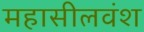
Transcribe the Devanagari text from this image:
महासीलवंश